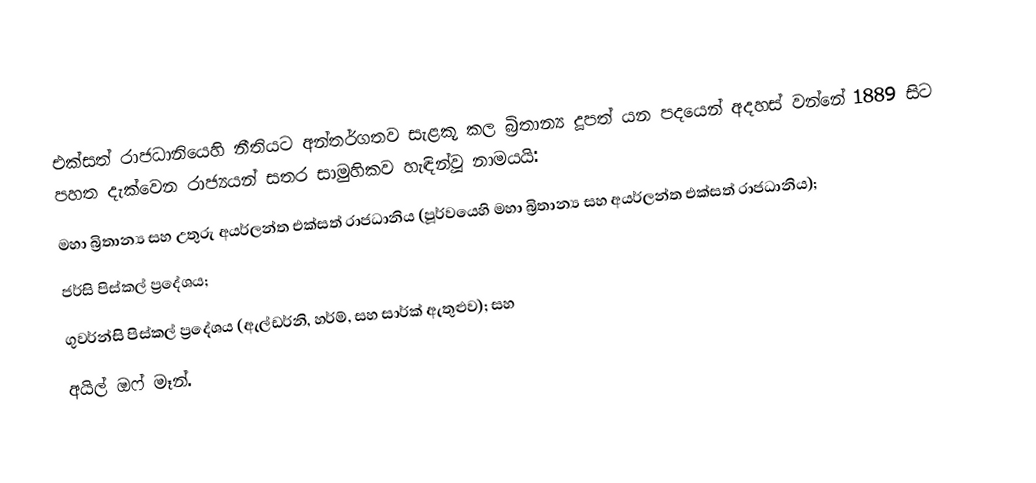
එක්සත් රාජධානියෙහි නීතියට අන්තර්ගතව සැළකූ කල බ්‍රිතාන්‍ය දූපත් යන පදයෙන් අදහස් වන්නේ 1889 සිට පහත දැක්වෙන රාජ්‍යයන් සතර සාමුහිකව හැඳින්වූ නාමයයි:
මහා බ්‍රිතාන්‍ය සහ උතුරු අයර්ලන්ත එක්සත් රාජධානිය (පූර්වයෙහි මහා බ්‍රිතාන්‍ය සහ අයර්ලන්ත එක්සත් රාජධානිය);
ජර්සි පිස්කල් ප්‍රදේශය;
ගුවර්න්සි පිස්කල් ප්‍රදේශය (ඇල්ඩර්නි, හර්ම්, සහ සාර්ක් ඇතුළුව); සහ
අයිල් ඔෆ් මෑන්.